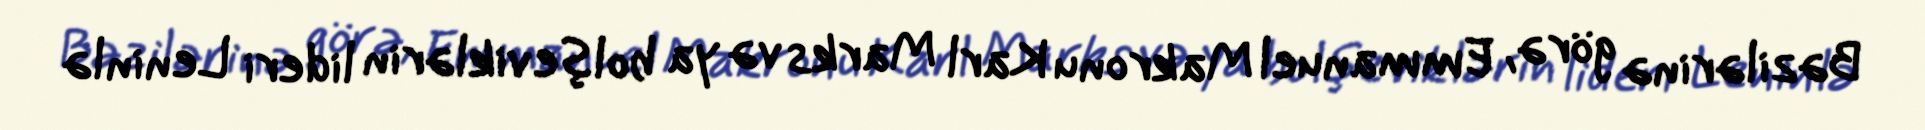
Bəzilərinə görə, Emmanuel Makronu Karl Marks və ya bolşeviklərin lideri Leninlə